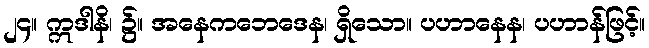
၂၄။ ဣဒါနိ၊ ၌။ အနေကဘေဒေန၊ ရှိသော။ ပဟာနေန၊ ပဟာန်ဖြင့်။